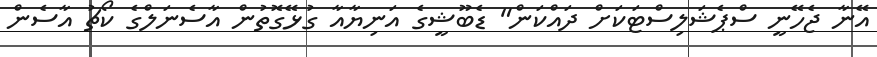
އޭނާ ޖެހޭނީ ސްޕެޝަލިސްޓަކަށް ދައްކަން" ޑެބޫޝީގެ އަނިޔާއާ ގުޅޭގޮތުން އާސެނަލްގެ ކޯޗު އާސެން